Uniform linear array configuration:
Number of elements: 64
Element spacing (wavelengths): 0.25
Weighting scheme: uniform
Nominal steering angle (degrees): -15
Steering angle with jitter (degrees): -16.141
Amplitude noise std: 0.05
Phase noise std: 0.05

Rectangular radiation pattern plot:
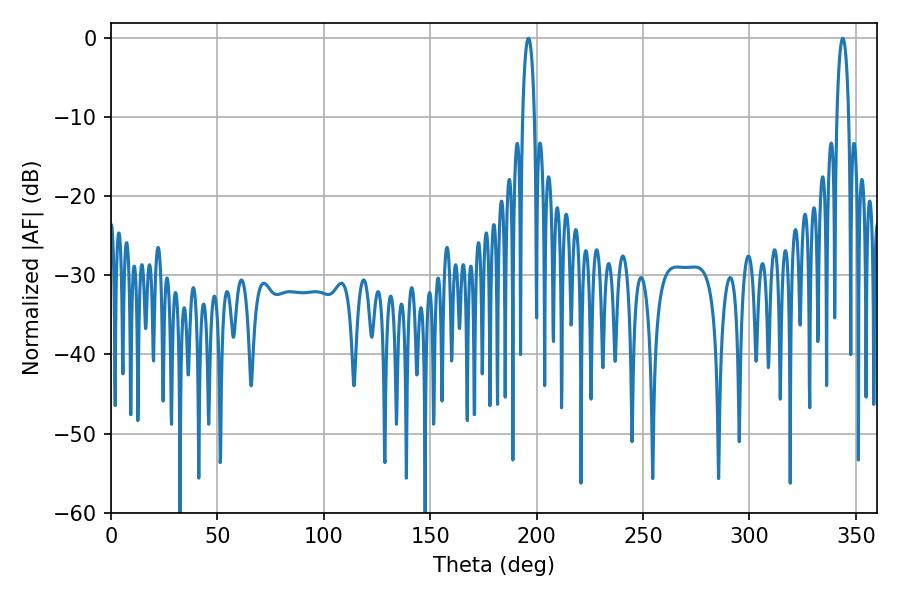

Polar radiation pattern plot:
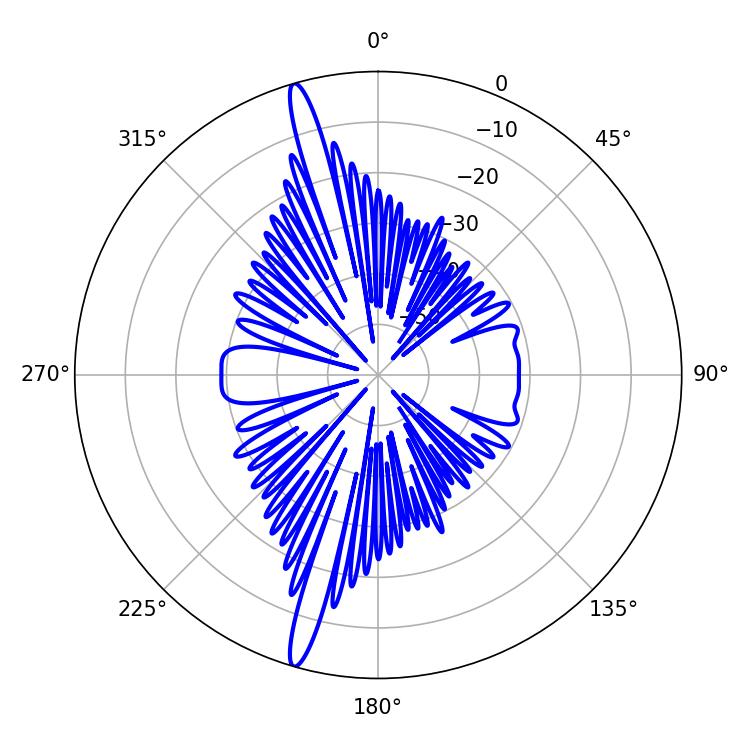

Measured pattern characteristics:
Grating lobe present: FALSE
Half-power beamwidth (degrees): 3.06
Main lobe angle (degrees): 343.8